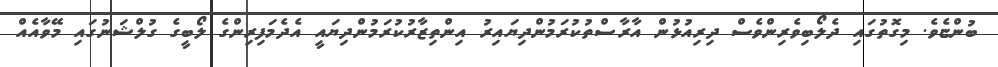
ބުންޏެވެ. މިގޮތުގައި ދެލޯބިވެރިންވެސް ދިރިއުޅުން އާރާސްތުކުރަމުންދިޔައިރު އިންތިޒާރުކުރަމުންދިޔައީ އެދެމަފިރިންގެ ލޯބީގެ ގުލްޝަނުގައި މޭވާއެއް